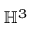
\mathbb { H } ^ { 3 }